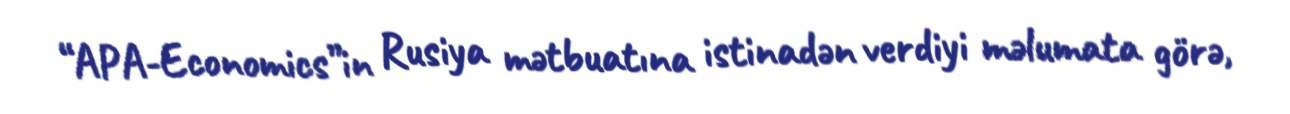
“APA-Economics”in Rusiya mətbuatına istinadən verdiyi məlumata görə,